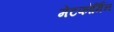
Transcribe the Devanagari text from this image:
मेटफोर्मिन